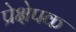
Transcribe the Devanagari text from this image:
प्रेक्षेपक